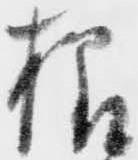
様